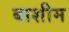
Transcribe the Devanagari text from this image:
बाशीम